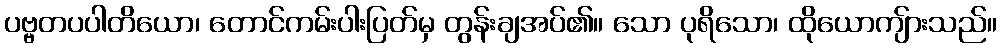
ပဗ္ဗတပပါတိယော၊ တောင်ကမ်းပါးပြတ်မှ တွန်းချအပ်၏။ သော ပုရိသော၊ ထိုယောကျ်ားသည်။